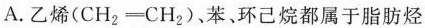
A.乙烯($$C H _ { 2 } = C H _ { 2 }$$)、苯、环己烷都属于脂肪烃